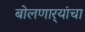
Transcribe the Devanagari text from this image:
बोलणार्‍यांचा